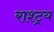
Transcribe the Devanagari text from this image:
राश्ट्र्य